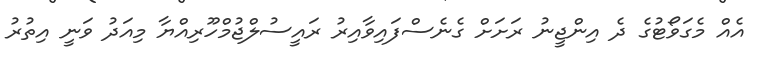
އެއް މެގަވޯޓުގެ ދެ އިންޖީނު ރަށަށް ގެނެސްފައިވާއިރު ރައީސުލްޖުމްހޫރިއްޔާ މިއަދު ވަނީ އިތުރު